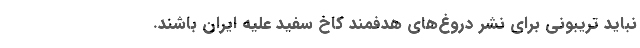
نباید تریبونی برای نشر دروغ‌های هدفمند کاخ سفید علیه ایران باشند.